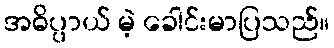
အဓိပ္ပာယ် မဲ့ ခေါင်းမာပြသည်။